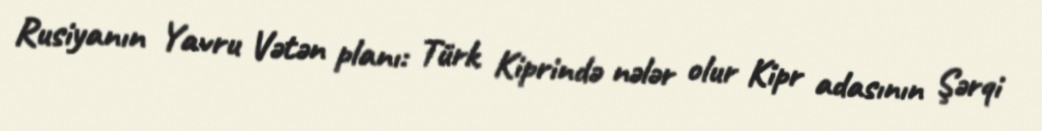
Rusiyanın Yavru Vətən planı: Türk Kiprində nələr olur Kipr adasının Şərqi